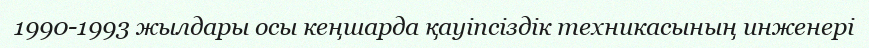
1990-1993 жылдары осы кеңшарда қауіпсіздік техникасының инженері